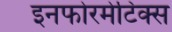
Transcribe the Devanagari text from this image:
इनफोरमेटिक्स